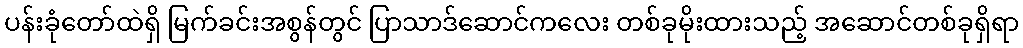
ပန်းခုံတော်ထဲရှိ မြက်ခင်းအစွန်တွင် ပြာသာဒ်ဆောင်ကလေး တစ်ခုမိုးထားသည့် အဆောင်တစ်ခုရှိရာ